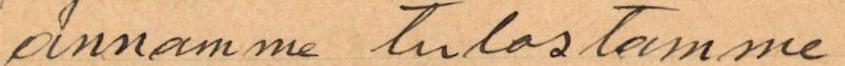
annamme tulostamme